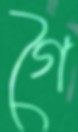
গৈ